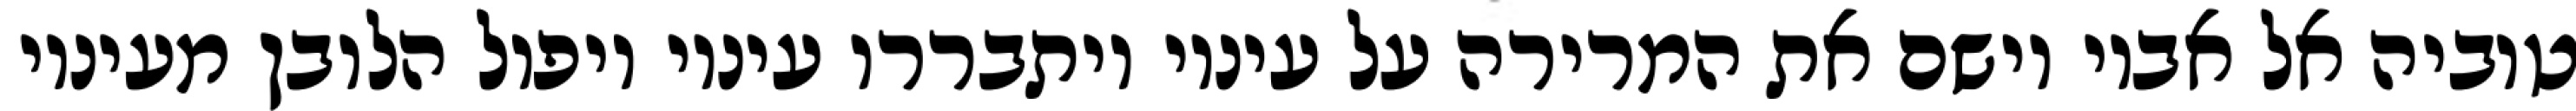
טוביה אל אביו וישם את המרירה על עיניו ויתבררו עיניו ויפול הלובן מעיניו